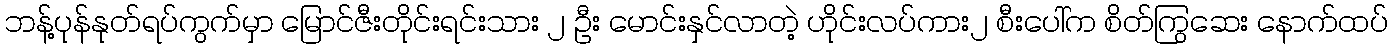
ဘန့်ပုန်နုတ်ရပ်ကွက်မှာ မြောင်ဇီးတိုင်းရင်းသား ၂ ဦး မောင်းနှင်လာတဲ့ ဟိုင်းလပ်ကား၂ စီးပေါ်က စိတ်ကြွဆေး နောက်ထပ်